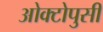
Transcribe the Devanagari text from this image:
ओक्टोपुसी